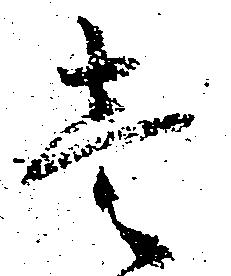
壱